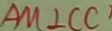
A M \bot C C ^ { \prime }